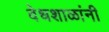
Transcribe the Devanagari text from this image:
वेधशाळांनी